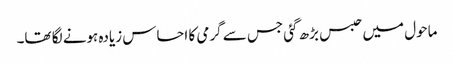
ماحول میں حبس بڑھ گئی جس سے گرمی کا احساس زیادہ ہونے لگا تھا۔